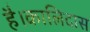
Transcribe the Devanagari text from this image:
है।कालिदास